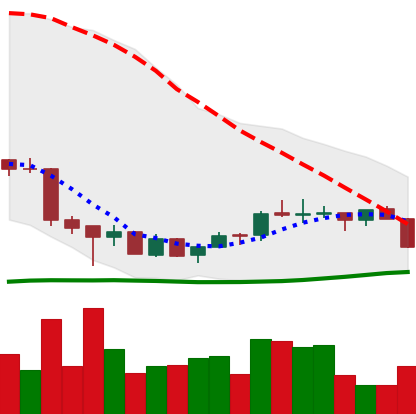
Ticker: EOS-USD
Chart end date: 2018-07-09
Forward return: -9.762%
Label: down_7plus